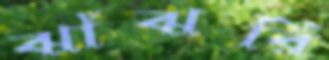
ঝাঁঝরি